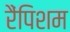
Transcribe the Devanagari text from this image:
रैंपिशम